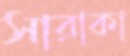
সারাকা